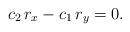
LaTeX: \begin{align*} c_2\,r_x-c_1\,r_y=0. \end{align*}